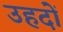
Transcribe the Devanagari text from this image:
उहदों